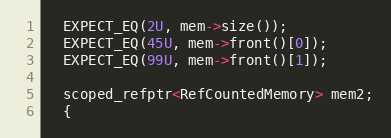
Language: C++
  EXPECT_EQ(2U, mem->size());
  EXPECT_EQ(45U, mem->front()[0]);
  EXPECT_EQ(99U, mem->front()[1]);

  scoped_refptr<RefCountedMemory> mem2;
  {